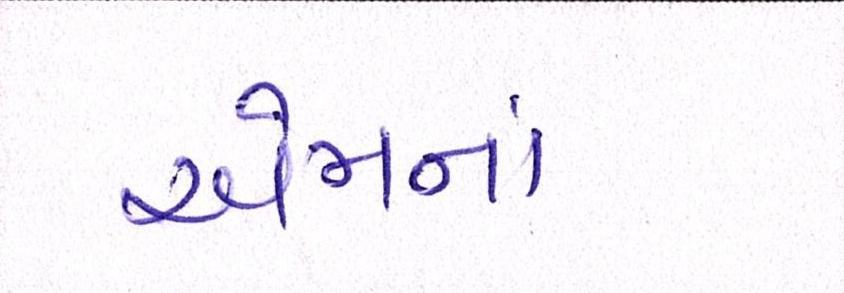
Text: એમનાં